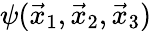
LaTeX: \psi(\vec{x}_{1},\vec{x}_{2},\vec{x}_{3})